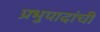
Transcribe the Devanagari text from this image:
प्रभुपादांची